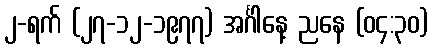
၂-ရက် (၂၇-၁၂-၁၉၇၇) အင်္ဂါနေ့ ညနေ (၀၄:၃၀)